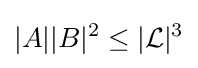
|A||B|^{2}\leq |{\mathcal {L}}|^{3}